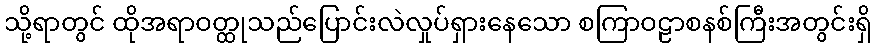
သို့ရာတွင် ထိုအရာဝတ္ထုသည်ပြောင်းလဲလှုပ်ရှားနေသော စကြာဝဠာစနစ်ကြီးအတွင်းရှိ